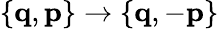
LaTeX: \{ \textbf{q},\textbf{p}\} \rightarrow\{ \textbf{q},-\textbf{p}\}